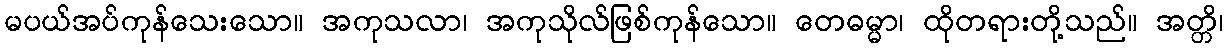
မပယ်အပ်ကုန်သေးသော။ အကုသလာ၊ အကုသိုလ်ဖြစ်ကုန်သော။ တေဓမ္မာ၊ ထိုတရားတို့သည်။ အတ္တိ၊